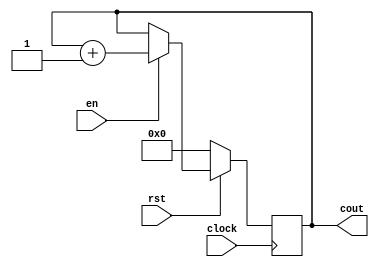
module counter(clock,rst,en,cout);

   input clock;
   input rst;
   input en;
   
   output [3:0] cout;
   
   reg [3:0] cout;
   
   always@(posedge clock)
   begin
        if(!rst)
            cout <= 4'd0;
        else if(en)
            cout <= cout + 4'd1;
        else
            cout <= cout;
   end
   
endmodule